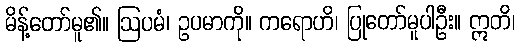
မိန့်တော်မူ၏။ ဩပမံ၊ ဥပမာကို။ ကရောဟိ၊ ပြုတော်မူပါဦး။ ဣတိ၊